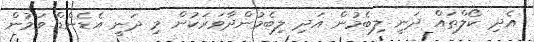
އެދި ކޯލްތައް ދަނީ ލިބެމުން އަދި ލިބެމުންދާވަރަކުން މި ދަނީ އެޑެންޑް ވަމުން